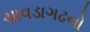
ચાવડાગઢનો